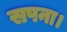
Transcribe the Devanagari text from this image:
सपना।